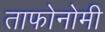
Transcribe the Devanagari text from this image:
ताफोनोमी